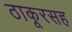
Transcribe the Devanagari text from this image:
ठाकूरसह